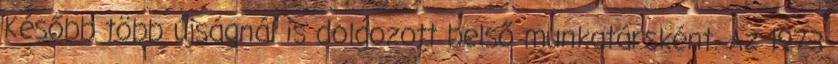
Később több újságnál is dolgozott belső munkatársként. Az 1973